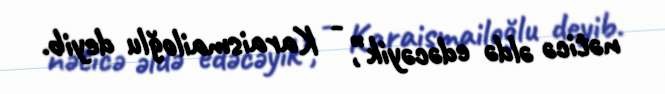
nəticə əldə edəcəyik”, - Karaismailoğlu deyib.